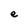
Character: e